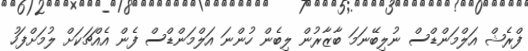
ފްރެޝް އަލްމަންޑްސް ނުލިބޭނަމަ ބާޒާރުން ލިބެން ހުންނަ އަލްމަންޑްސް ފެން އެއްޗަކަށް ލުމަށްފަހު